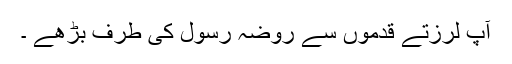
آپ لرزتے قدموں سے روضۂ رسولؐ کی طرف بڑھے ۔